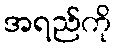
အရည်ကို